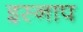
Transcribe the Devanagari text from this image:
इस्नाप